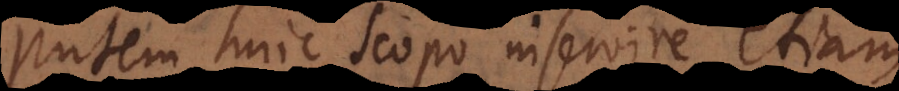
Putem huic scopo inservire etiam